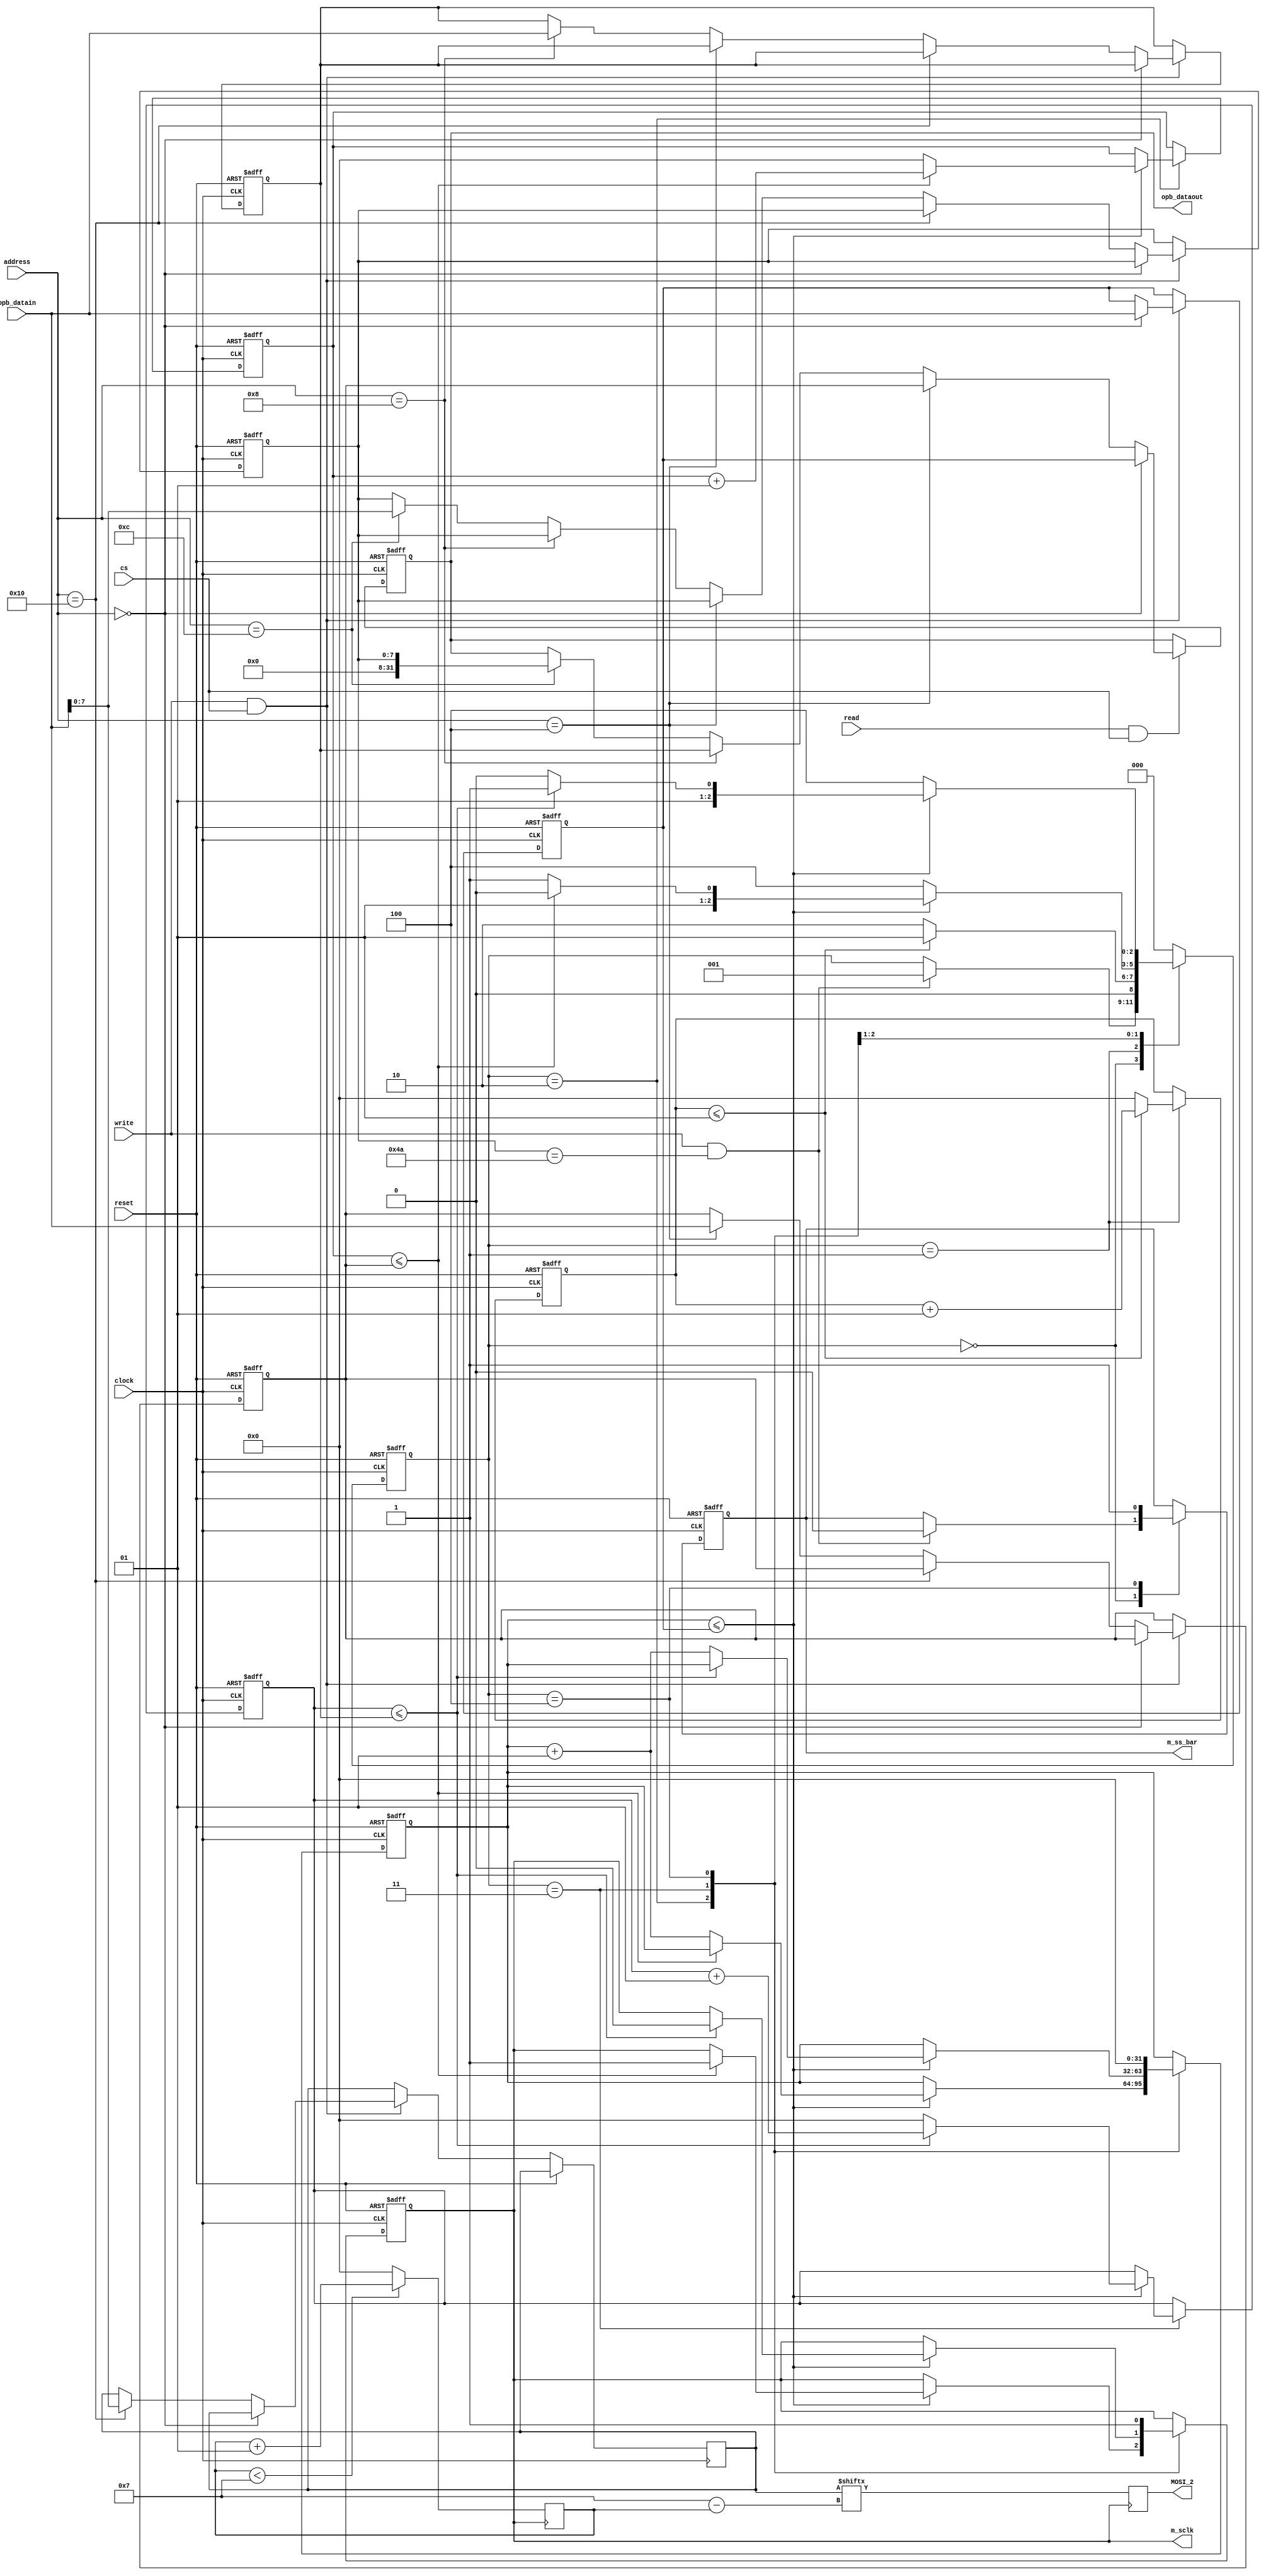
`timescale 1ns / 1ps
//////////////////////////////////////////////////////////////////////////////////
// Company: 
// Engineer: 
// 
// Design Name: 
// Module Name:    serialclockdvdr 
// Project Name: 
// Target Devices: 
// Tool versions: 
// Description: 
//
// Dependencies: 
//
// Revision: 
// Revision 0.01 - File Created
// Additional Comments: 
//
//////////////////////////////////////////////////////////////////////////////////
module serialclockdvdr(write,m_ss_bar,reset,clock,m_sclk,address,opb_datain,opb_dataout,read,cs,MOSI_2);
input reset,clock,write,read,cs;
input [15:0] address;
input [31:0]opb_datain;
output [31:0] opb_dataout;
reg[0:7] spcr;
reg[0:7] temp;
reg[0:7] temp1;
reg [31:0]opb_dataout;
output m_sclk,m_ss_bar,MOSI_2;
reg m_sclk,m_ss_bar,MOSI_2;
integer count1,count2,count3,count4;
reg[31:0] n_clk_cycles,clk_hightime,clk_lowtime;
parameter idle=3'b000,delay=3'b001,sclk1=3'b010,sclk0=3'b011,sclkhigh=3'b100;
reg [2:0]nst;
integer cntr_tx ;

always @(posedge clock or posedge reset)
  begin 
	if (reset ==1)
	 begin
	  n_clk_cycles<=32'b00000000000000000000000000000000;
	  clk_hightime<=32'b00000000000000000000000000000000;
	  clk_lowtime<=32'b00000000000000000000000000000000;
	  spcr<=8'b00000000;
	 end
	 else if(write==1 && cs ==1)
     begin
	   if(address == 16'b0000000000000000)
	      begin
			n_clk_cycles<=opb_datain;
		   end
		else if(address ==16'b0000000000010000)
		temp1<=opb_datain[7:0];
		else if(address ==16'b0000000000000100)
         clk_hightime<=opb_datain;
      else if(address ==16'b0000000000001000)
	       clk_lowtime<=opb_datain;
		else if(address ==16'b0000000000001100)
	       begin
			 spcr<=opb_datain[7:0];

			 end
	  end
  end

always @(posedge clock or posedge reset)
 begin
 if (reset ==1)
	 begin
	  opb_dataout<=32'h00000000;
	 end
  else if(read==1 && cs==1)
   begin
    if(address==16'b0000000000000000)
	  opb_dataout<=n_clk_cycles;
    else if(address==16'b0000000000000100)
	  opb_dataout<=clk_hightime;
    else if(address==16'b0000000000001000)
	  opb_dataout<=clk_lowtime;
    else if (address==16'b000000000001100)
	  opb_dataout<=spcr;
	end
end

always @( posedge m_sclk )
 begin
	//temp<=temp1;
	//temp<=temp <<1 ;//{1'b0,temp[0:6]};
	if (cntr_tx<7)
	begin
   MOSI_2<=temp1[cntr_tx];  
	cntr_tx <= cntr_tx +1;
	end
	else 
	begin
	MOSI_2<=temp1[cntr_tx];  
	cntr_tx <= 0;
	end
end  
always @(posedge clock or posedge reset)
 begin
 if(reset==1 )
                 begin 
	               m_ss_bar<=1;count1<=0;count2<=0;count3<=0;count4<=0;
	                nst<=idle;
					    m_sclk<=0;
					  end
  else 
  case(nst)
         idle:begin
			       if (write==1 &&  spcr==8'b01001010)
                 begin
                  m_ss_bar<=0;
                  nst<=delay;
                 end	
					  end
			delay:begin 
			       if(count1<=1)
                 begin
					   count1<=count1+1;
						nst<=delay;
					  end
					 else
                 begin 
						count1<=0;
                  nst<=sclk1;
                 end
               end
 			sclk1: begin
			          if(count2<=n_clk_cycles)
                    begin
                     if(count3<=clk_hightime)
                      begin
                       m_sclk<=1;
							  count3<=count3+1;
							  nst<=sclk1;
                      end
                     else
                      begin
                       count2<=count2+1;
							  count3<=0;
                       nst<=sclk0;
                      end
							end
						 else
						  begin
                     //count2<=0;
                     nst<=sclkhigh;
                    end
                  end
       sclk0:begin
                if(count2<=n_clk_cycles)
                 begin
                  if(count4<=clk_lowtime)
                   begin
                    count4<=count4+1;						 
						  m_sclk<=0;
                    nst<=sclk0;
                   end
                  else
                   begin 
						 count2<=count2+1;
						  count4<=0;						
                    nst<=sclk1;
                   end
                 	end
						else
                   begin
                    //count2<=0;
                    nst<=sclkhigh;
						 end
					end
						  
     sclkhigh:begin
	          count2<=0;
				 m_sclk<=1;
				 m_ss_bar<=1;
				 nst<=idle;
				 end
	 default:begin
				nst<=idle;
            end	
	endcase
	end

endmodule